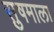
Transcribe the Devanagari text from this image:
सु़षमाला